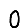
Digit: 0